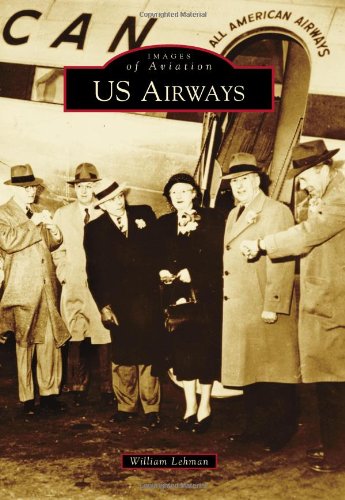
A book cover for US Airways (Images of Aviation); William Lehman; Arts & Photography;